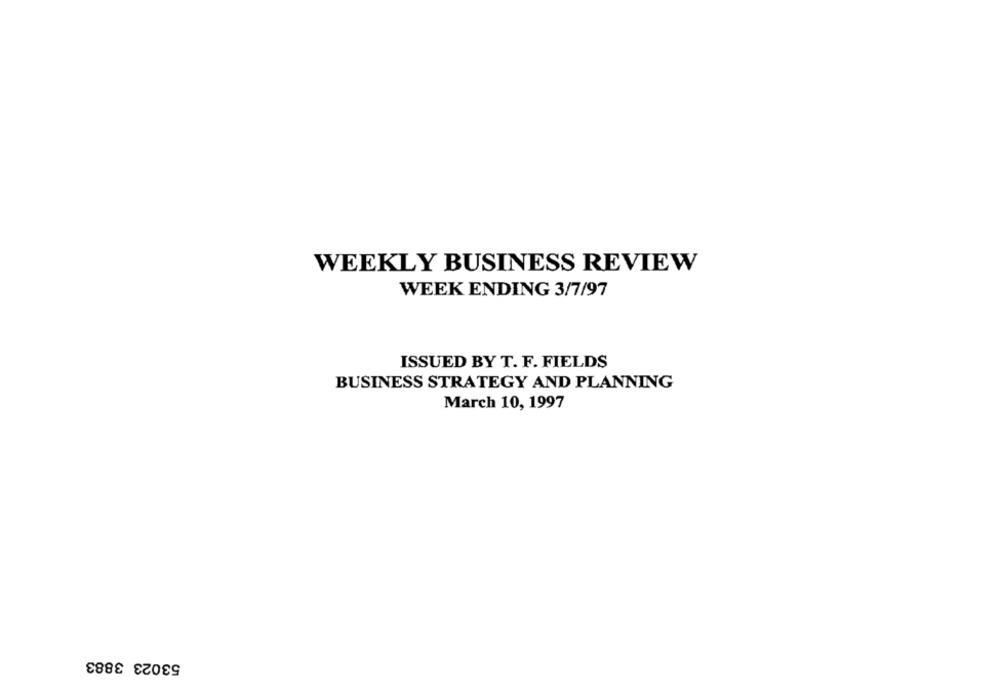
WEEKLY BUSINESS REVIEW
WEEK ENDING 3/7/97
ISSUED BY T. F. FIELDS
BUSINESS STRATEGY AND PLANNING
March 10, 1997
53023 3883